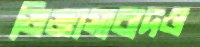
জিজ্ঞাসাবাদও